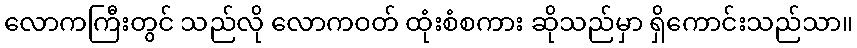
လောကကြီးတွင် သည်လို လောကဝတ် ထုံးစံစကား ဆိုသည်မှာ ရှိကောင်းသည်သာ။